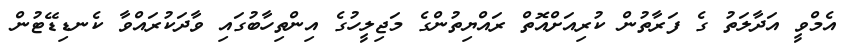
އެމްވީ އަދާލަތު ގެ ފަރާތުން ކުރިއަށްއޮތް ރައްޔިތުންގެ މަޖިލީހުގެ އިންތިހާބުގައި ވާދަކުރައްވާ ކެނޑިޑޭޓުން